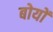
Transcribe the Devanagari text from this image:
बोयों